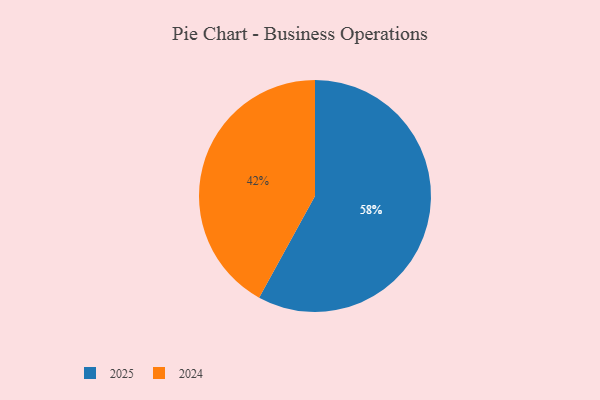
{"axis": {"x": "Category", "y": "Percentage"}, "legend": ["2024", "2025"], "data": [{"x": "2025", "y": 58, "type": "2025"}, {"x": "2024", "y": 42, "type": "2024"}]}